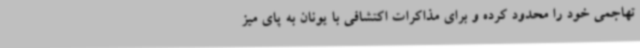
تهاجمی خود را محدود کرده و برای مذاکرات اکتشافی با یونان به پای میز